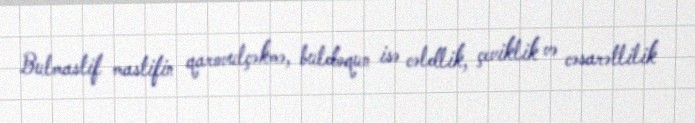
Bulmastif mastifin qarovulçəkmə, buldoqun isə cəldlik, çeviklik və cəsarətlilik